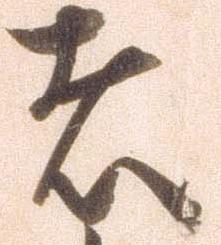
者